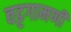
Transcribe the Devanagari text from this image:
वट्टगामणी